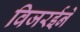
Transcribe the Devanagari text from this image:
विजरईने